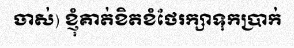
ចាស់) ខ្ញុំគាត់ខិតខំថែរក្សាទុកប្រាក់